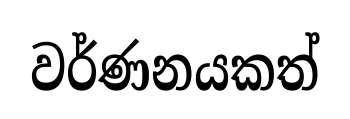
වර්ණනයකත්